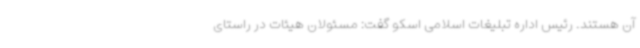
آن هستند. رئیس اداره تبلیغات اسلامی اسکو گفت: مسئولان هیئات در راستای